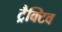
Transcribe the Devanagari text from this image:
ट्रैक्टिव